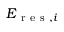
E _ { \mathrm { ~ r ~ e ~ s ~ } , i }